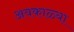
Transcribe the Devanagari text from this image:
अवकाळ्या